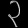
Digit: ၃